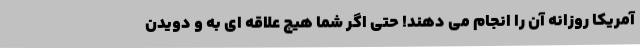
آمریکا روزانه آن را انجام می دهند! حتی اگر شما هیچ علاقه ای به و دویدن